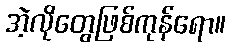
အဲ့လိုတွေဖြစ်ကုန်ရော။